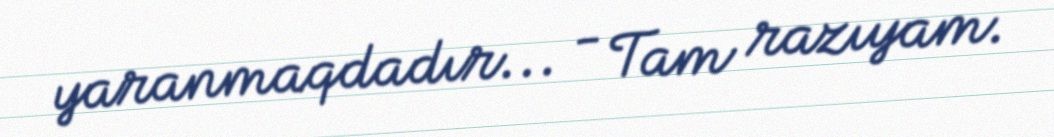
yaranmaqdadır... - Tam razıyam.